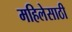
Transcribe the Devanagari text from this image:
महिलेसाठी